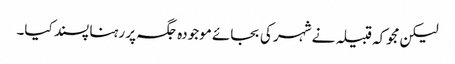
لیکن مجوکہ قبیلہ نے شہر کی بجائے موجودہ جگہ پر رہنا پسند کیا۔